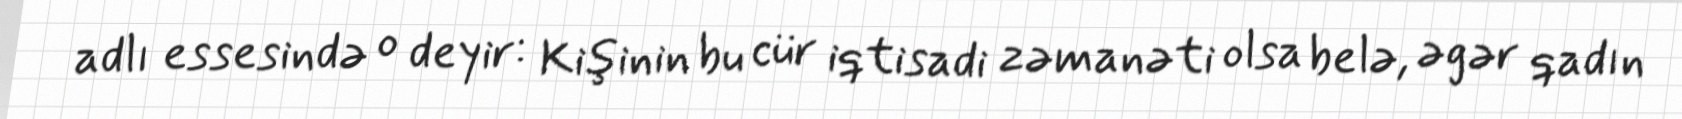
adlı essesində o deyir: Kişinin bu cür iqtisadi zəmanəti olsa belə, əgər qadın